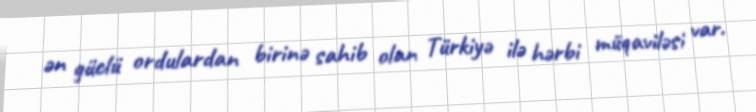
ən güclü ordulardan birinə sahib olan Türkiyə ilə hərbi müqaviləsi var.